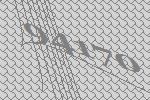
94170